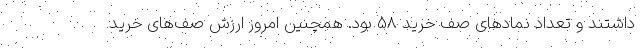
داشتند و تعداد نمادهای صف خرید 58 بود. همچنین امروز ارزش صف‌های خرید